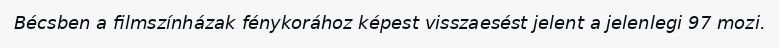
Bécsben a filmszínházak fénykorához képest visszaesést jelent a jelenlegi 97 mozi.